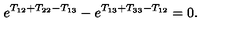
e ^ { T _ { 1 2 } + T _ { 2 2 } - T _ { 1 3 } } - e ^ { T _ { 1 3 } + T _ { 3 3 } - T _ { 1 2 } } = 0 .